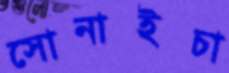
সোনাইচা